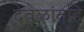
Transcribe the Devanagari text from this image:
देवळांतहि